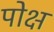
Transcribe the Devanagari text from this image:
पोक्ष